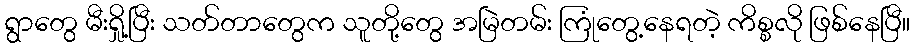
ရွာတွေ မီးရှို့ပြီး သတ်တာတွေက သူတို့တွေ အမြဲတမ်း ကြုံတွေ့နေရတဲ့ ကိစ္စလို ဖြစ်နေပြီ။